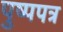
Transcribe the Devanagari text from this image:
पुष्पपत्र